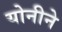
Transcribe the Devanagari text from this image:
योनीने